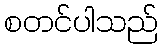
စတင်ပါသည်